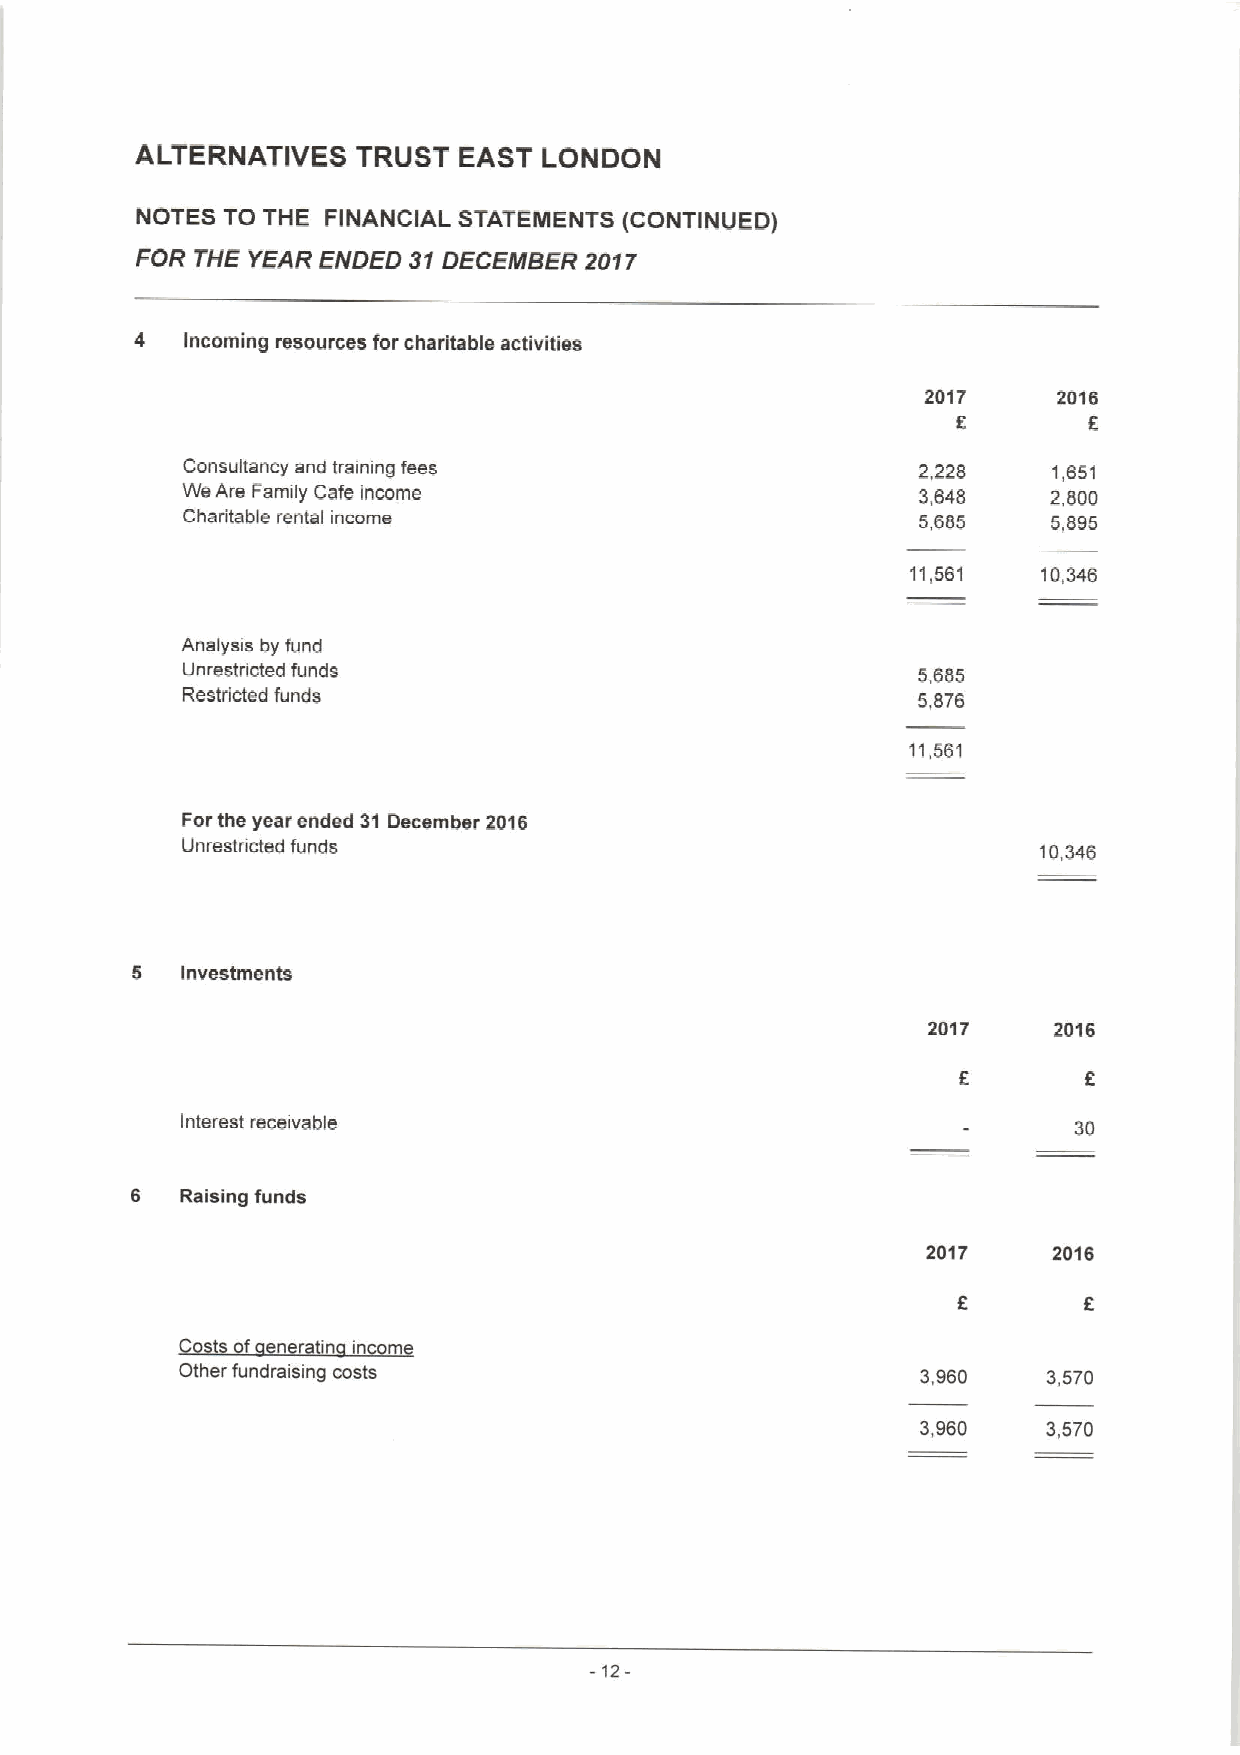
ALTERNATIVES   TRUST EAST  LONDON
 NOTES TO THE FINANCIAL STATEMENTS (CONTINUED)
 FOR THE YEAR EIVDED 31DECENfBER 2017
 4  Incoming resources for charitable activities
 2017     2016
 f
 Consultancy and training fees                    2,228    1,651
 WeAre Family Cafe income                         3,648    2,800
 Charitable rental income                         5,685    5,895
 11,561   10,346
 Analysis by fund
 Unrestricted funds                               5,685
 Restricted funds                                 5,876
 11,561
 Forthe year ended 31 December 2D16
 Unrestricted funds                                       10,346
 5  Investments
 2017     2D16
 Interest receivable                                        30
 6  Raising funds
 2017     2016
 of n    in m
 Other fundraising costs                          3,980   3,570
 3,960   3,570